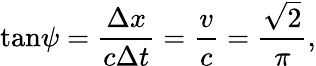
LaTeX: \tan\! \psi=\frac{\Delta x}{c\Delta t}=\frac{v}{c}=\frac{\sqrt 2}{\pi},